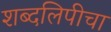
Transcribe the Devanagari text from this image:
शब्दलिपीचा